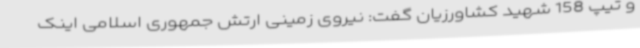
و تیپ 158 شهید کشاورزیان گفت: نیروی زمینی ارتش جمهوری اسلامی اینک